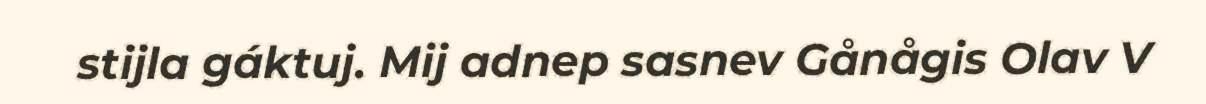
stijla gáktuj. Mij adnep sasnev Gånågis Olav V